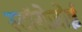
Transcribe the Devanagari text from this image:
स्टॉरोज़ोई